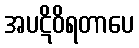
အပဋိဝိရတာပေ